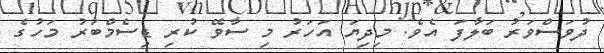
ދުވަސްވަރު ބަލާފަ އެވެ. މިދިޔަ އަހަރު މި ސާވޭ ކުރި ޑިސެމްބަރު މަހުގެ